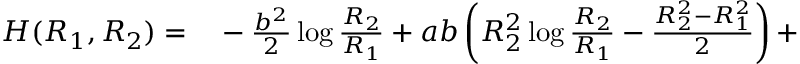
\begin{array} { r l } { H ( R _ { 1 } , R _ { 2 } ) = } & { { } - \frac { b ^ { 2 } } { 2 } \log \frac { R _ { 2 } } { R _ { 1 } } + a b \left( R _ { 2 } ^ { 2 } \log \frac { R _ { 2 } } { R _ { 1 } } - \frac { R _ { 2 } ^ { 2 } - R _ { 1 } ^ { 2 } } { 2 } \right) + } \end{array}